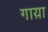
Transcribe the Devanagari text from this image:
गाय़ा